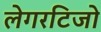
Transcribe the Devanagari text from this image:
लेगरटिजो